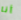
أنا